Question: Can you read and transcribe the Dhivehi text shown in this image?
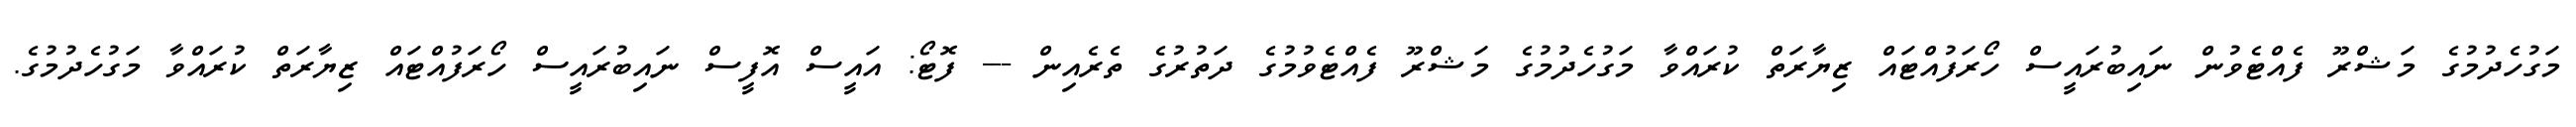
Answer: މަގުހެދުމުގެ މަޝްރޫ ފެއްޓެވުން ނައިބުރައީސް ހޯރަފުއްޓައް ޒިޔާރަތް ކުރައްވާ މަގުހެދުމުގެ މަޝްރޫ ފެއްޓެވުމުގެ ދަތުރުގެ ތެރެއިން --- ފޮޓޯ: އައީސް އޮފީސް ނައިބުރައީސް ހޯރަފުއްޓައް ޒިޔާރަތް ކުރައްވާ މަގުހެދުމުގެ.